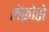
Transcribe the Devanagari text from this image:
लॅक्रोसे